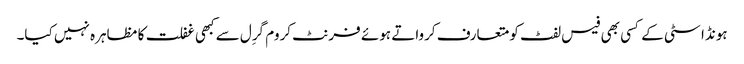
ہونڈا سٹی کے کسی بھی فیس لفٹ کو متعارف کرواتے ہوئے فرنٹ کروم گرِل سے کبھی غفلت کا مظاہرہ نہیں کیا۔